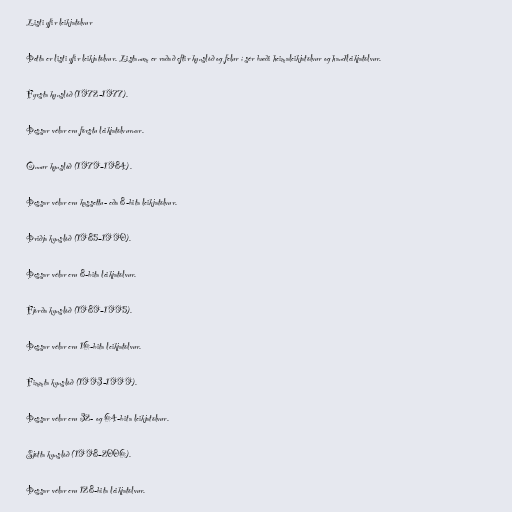
Listi yfir leikjatölvur

Þetta er listi yfir leikjatölvur. Listanum er raðað eftir kynslóð og felur í sér bæði heimaleikjatölvur og handleikjatölvur.

Fyrsta kynslóð (1972–1977).

Þessar vélar eru förstu leikjatölvurnar.

Önnur kynslóð (1979–1984).

Þessar vélar eru kassettu- eða 8-bita leikjatölvur.

Þriðja kynslóð (1985–1990).

Þessar vélar eru 8-bita leikjatölvur.

Fjórða kynslóð (1989–1995).

Þessar vélar eru 16-bita leikjatölvur.

Fimmta kynslóð (1993–1999).

Þessar vélar eru 32- og 64-bita leikjatölvur.

Sjötta kynslóð (1998–2006).

Þessar vélar eru 128-bita leikjatölvur.